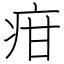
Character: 疳